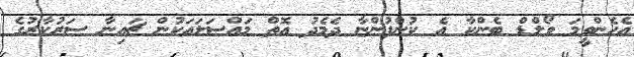
އެހެންވީމަ ވޯލްޑް ބެންކާ އެ ކުންފުންޏާ ދެމެދު އޮތް މައްސަލައަކުން ޗައިނާ ސަރުކާރުގެ